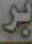
بر